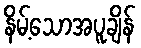
နိမ့်သောအပူချိန်